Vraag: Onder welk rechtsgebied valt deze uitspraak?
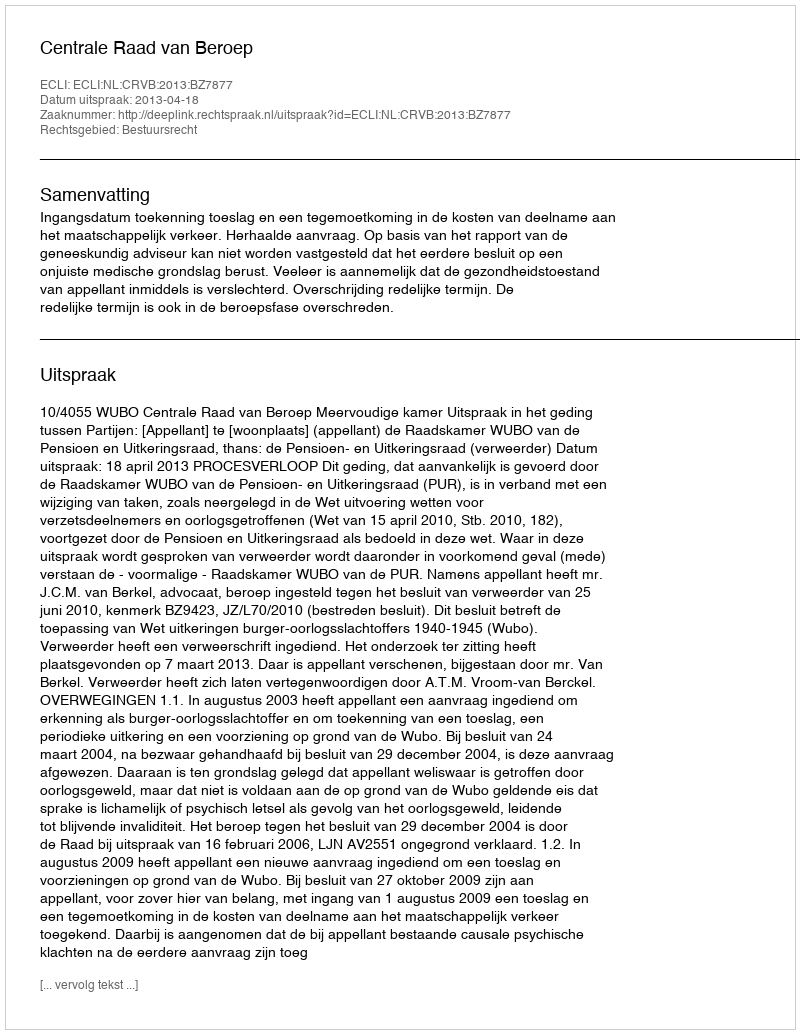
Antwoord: Bestuursrecht